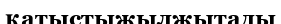
қатыстыжылжытады